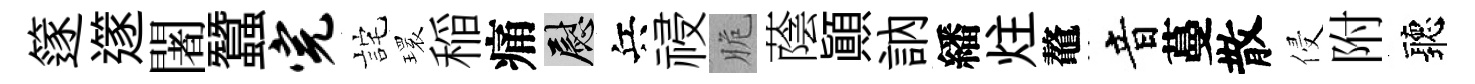
篴𨗹闍蠶完詫𤨔稲痛慰兵祲脆蔭顚訥繙炷鼇音蔓散侵附聽